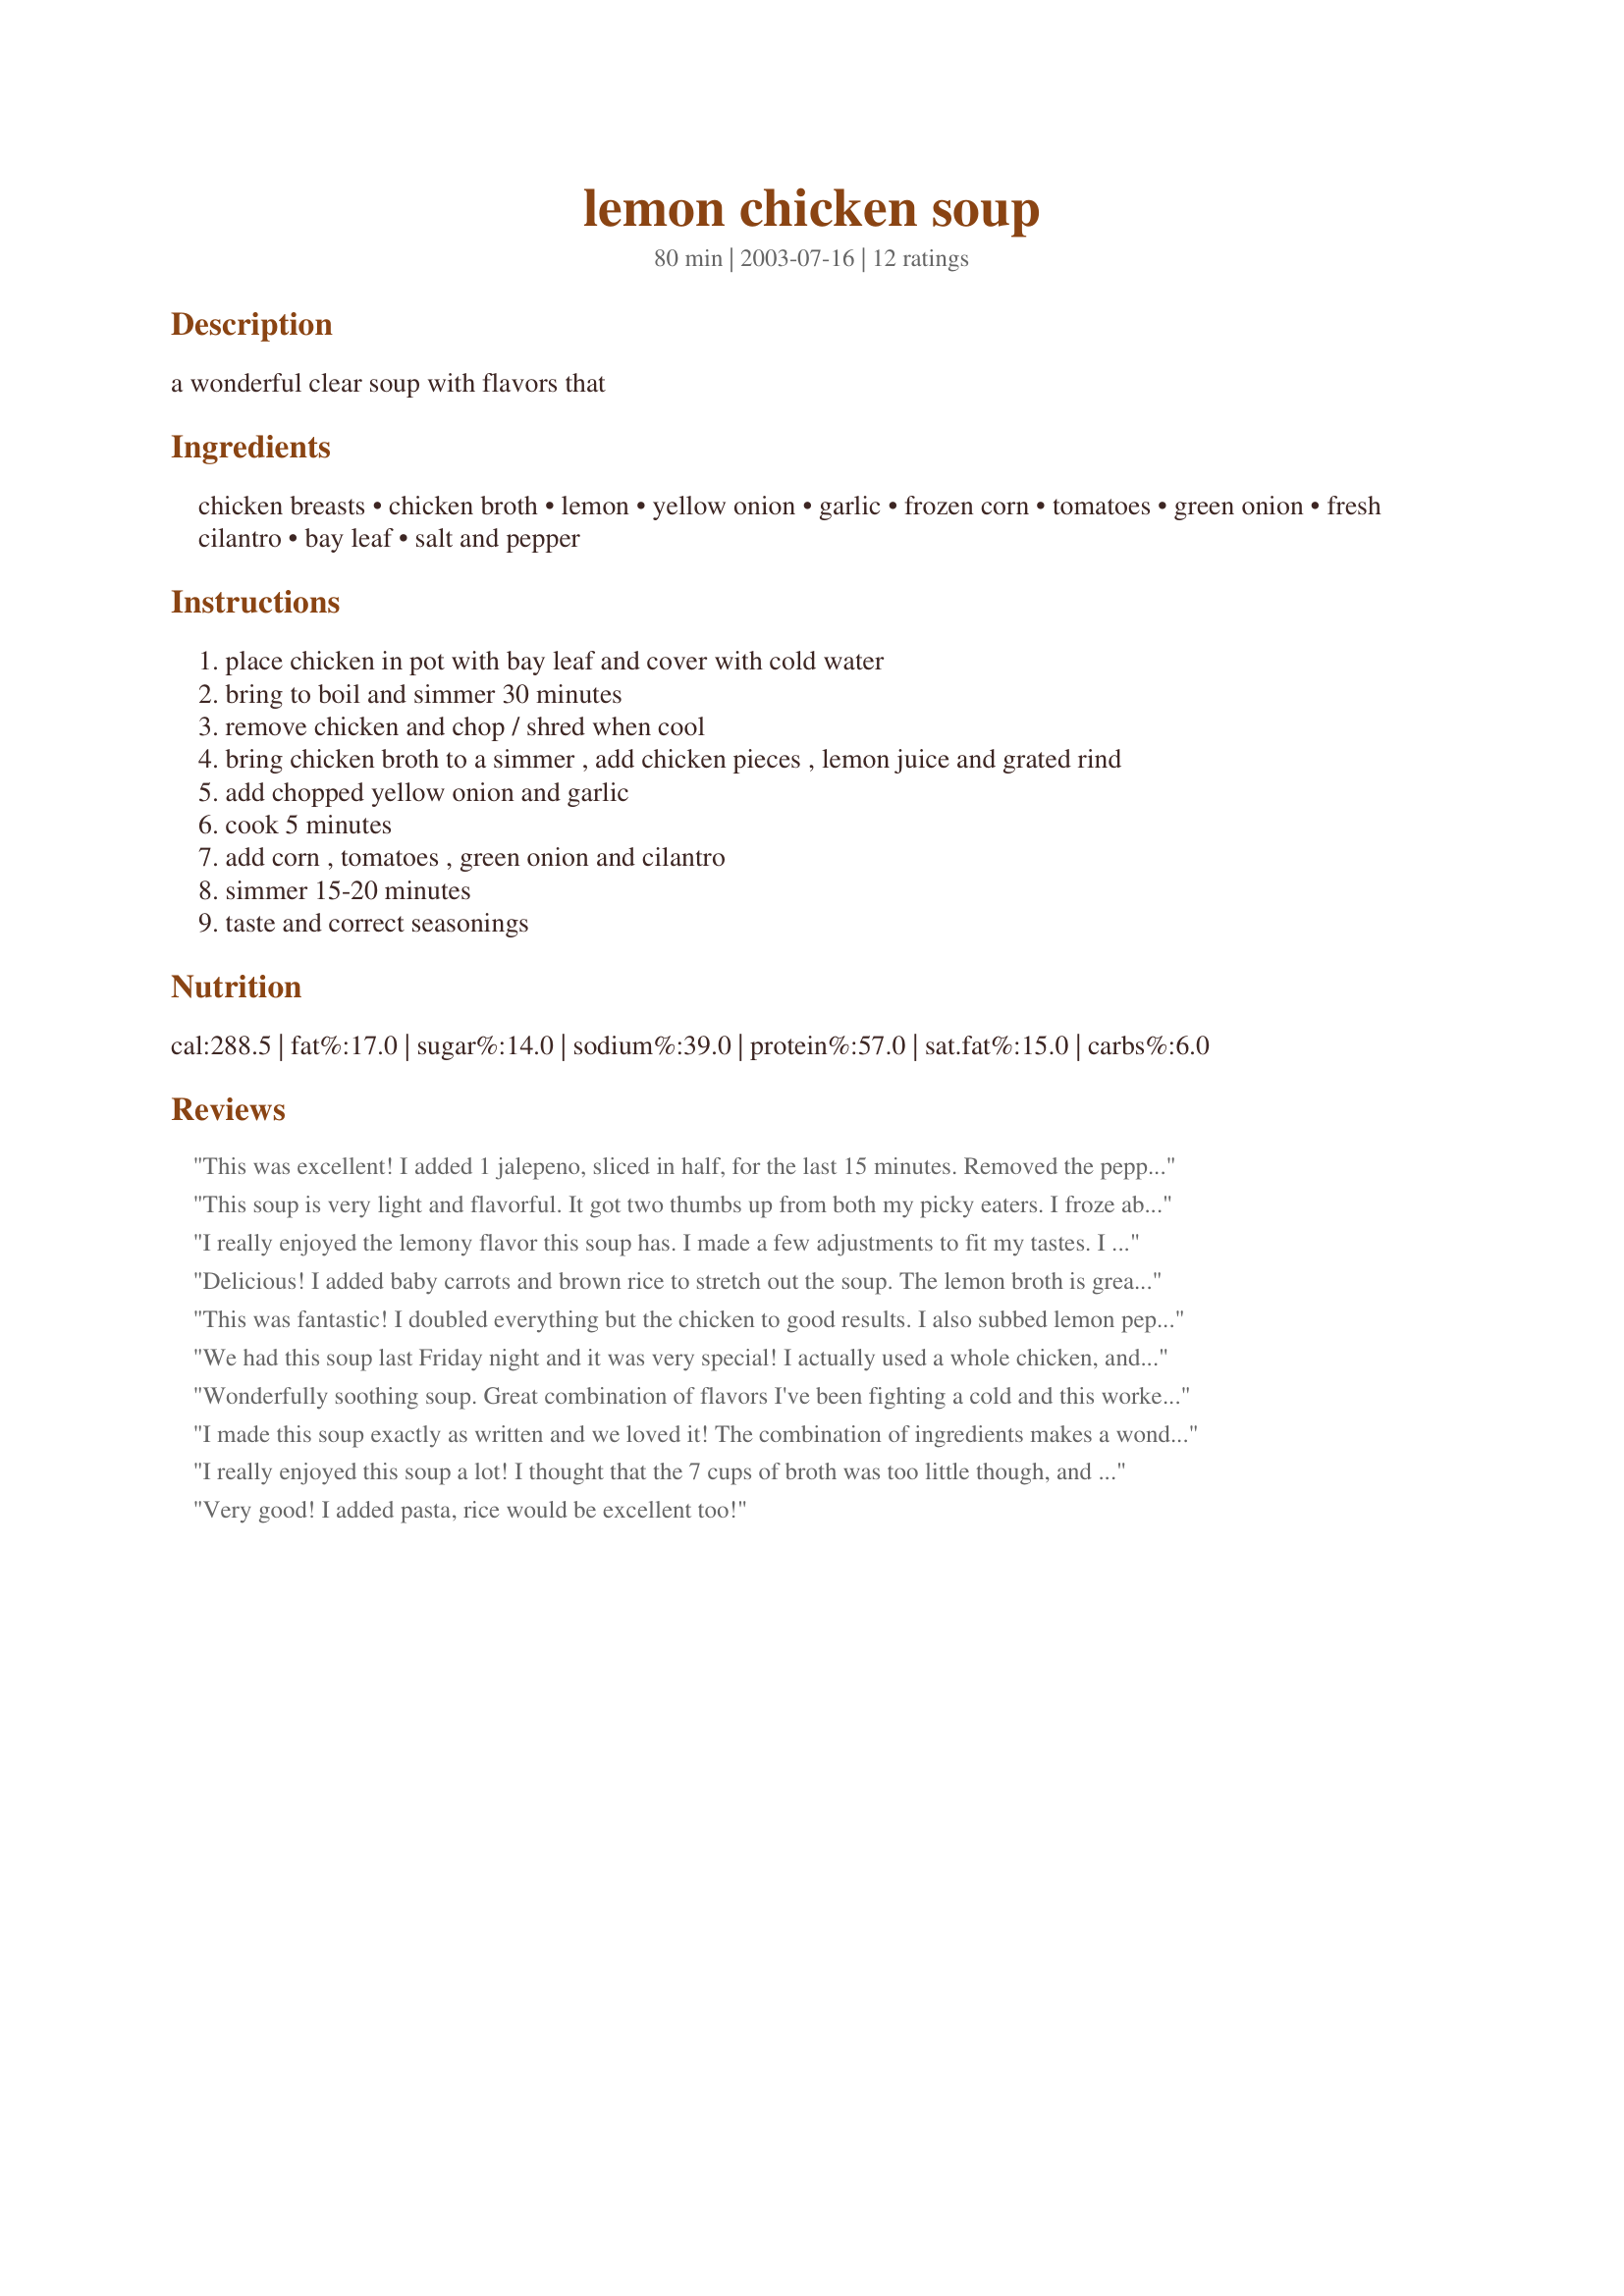
lemon chicken soup
Preparation time: 80 minutes

a wonderful clear soup with flavors that

Ingredients:
chicken breasts, chicken broth, lemon, yellow onion, garlic, frozen corn, tomatoes, green onion, fresh cilantro, bay leaf, salt and pepper

Steps:
place chicken in pot with bay leaf and cover with cold water
bring to boil and simmer 30 minutes
remove chicken and chop / shred when cool
bring chicken broth to a simmer , add chicken pieces , lemon juice and grated rind
add chopped yellow onion and garlic
cook 5 minutes
add corn , tomatoes , green onion and cilantro
simmer 15-20 minutes
taste and correct seasonings

Reviews:
This was excellent! I added 1 jalepeno, sliced in half, for the last 15 minutes. Removed the pepper prior to serving. Added just the right amount of heat.
This soup is very light and flavorful. It got two thumbs up from both my picky eaters. I froze about half of it in individual containers, and am so glad that I did. My daughter was sick yesterday and she pulled one out and heated it up, said it helped her feel a lot better.
I really enjoyed the lemony flavor this soup has. I made a few adjustments to fit my tastes. I left out the chicken breasts, I'm slowly trying to become vegetarian. I left out the bay leaf because I didn't have any. I used white onion instead of yellow, 1 can of Veg-All instead of corn, and I added some pasta shells. Thanks for the recipe!
Delicious! I added baby carrots and brown rice to stretch out the soup. The lemon broth is great with the wheat-ness of the brown rice. A hearty dish with out a lot of additional calories and fat. Thanks for sharing with us Pebbles.
This was fantastic! I doubled everything but the chicken to good results. I also subbed lemon pepper for the salt and pepper at the end and added rice like another reviewer. Lucky me gets the leftovers for lunch! Thanks for a great meal!
We had this soup last Friday night and it was very special! I actually used a whole chicken, and then shredded the meat back into the soup. I left out the corn, there was no way my kids would touch it with corn in there, and I didn't let them know about the lemon until they had tasted the soup. This was a bigger hit with the adults than with the children, but a hit nonetheless. The lemon zest really makes it special. Next time I'm going to try a little lemongrass in there as well. Thanks for a wonderful recipe!
Wonderfully soothing soup. Great combination of flavors I've been fighting a cold and this worked better than medicine. Lovely
I made this soup exactly as written and we loved it! The combination of ingredients makes a wonderful tasting soup. Can't wait to make it again. Thank you so much, Erin, for sharing. :-)

I really enjoyed this soup a lot! I thought that the 7 cups of broth was too little though, and I would recommend using at least 10 cups for all the ingredients that it has. The flavor was outstanding, and I will certainly make it again. Thanks!
Very good! I added pasta, rice would be excellent too!
What a delightful chicken soup! The addition of lemon peel in addition to the lemon juice really enhances the flavor. Like others, I added a little pasta (orzo in my case). Way to go, Pebbles!
I had to make a few changes to accommodate what I needed to use up and what flavors I was looking for because I was really using this recipe as a base to imitate a soup I had at a restaurant last summer. I used 10 cups broth (as another reviewer suggested),I used juice and rind from 2 lemons, canned fire roasted diced tomatoes, and frozen chopped onion instead of chopping an onion. I also left out the corn and added 3 cups of cooked brown rice at the very end. It was amazing! Thanks for getting me off to an awesome start! I will absolutely be making this again with my adjustments.
